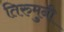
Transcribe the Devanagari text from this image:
तिरुमुनी